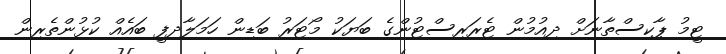
ޓީމު ޕާކިސްތާނަށް ދިއުމުން ޓެރަރިސްޓުންގެ ބަޔަކު މޯޓަރު ބަޑިން ހަމަލާދފީ ބައެއް ކުޅުންތެރިން